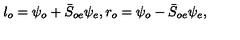
l _ { o } = \psi _ { o } + \bar { S } _ { o e } \psi _ { e } , r _ { o } = \psi _ { o } - \bar { S } _ { o e } \psi _ { e } ,